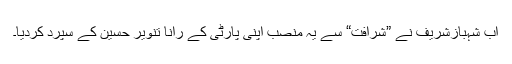
اب شہبازشریف نے ”شرافت“ سے یہ منصب اپنی پارٹی کے رانا تنویر حسین کے سپرد کردیا۔